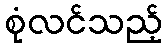
စုံလင်သည့်